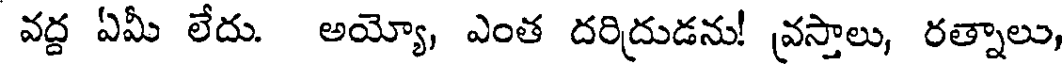
వద్ద ఏమీ లేదు. అయ్యో, ఎంత దరిద్రుడను! వస్తాలు, రత్నాలు,